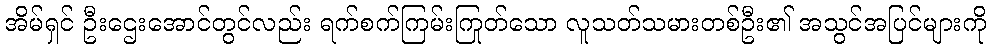
အိမ်ရှင် ဦးဌေးအောင်တွင်လည်း ရက်စက်ကြမ်းကြုတ်သော လူသတ်သမားတစ်ဦး၏ အသွင်အပြင်များကို